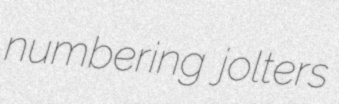
numbering jolters